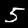
Digit: 5